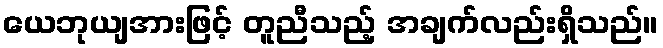
ယေဘုယျအားဖြင့် တူညီသည့် အချက်လည်းရှိသည်။